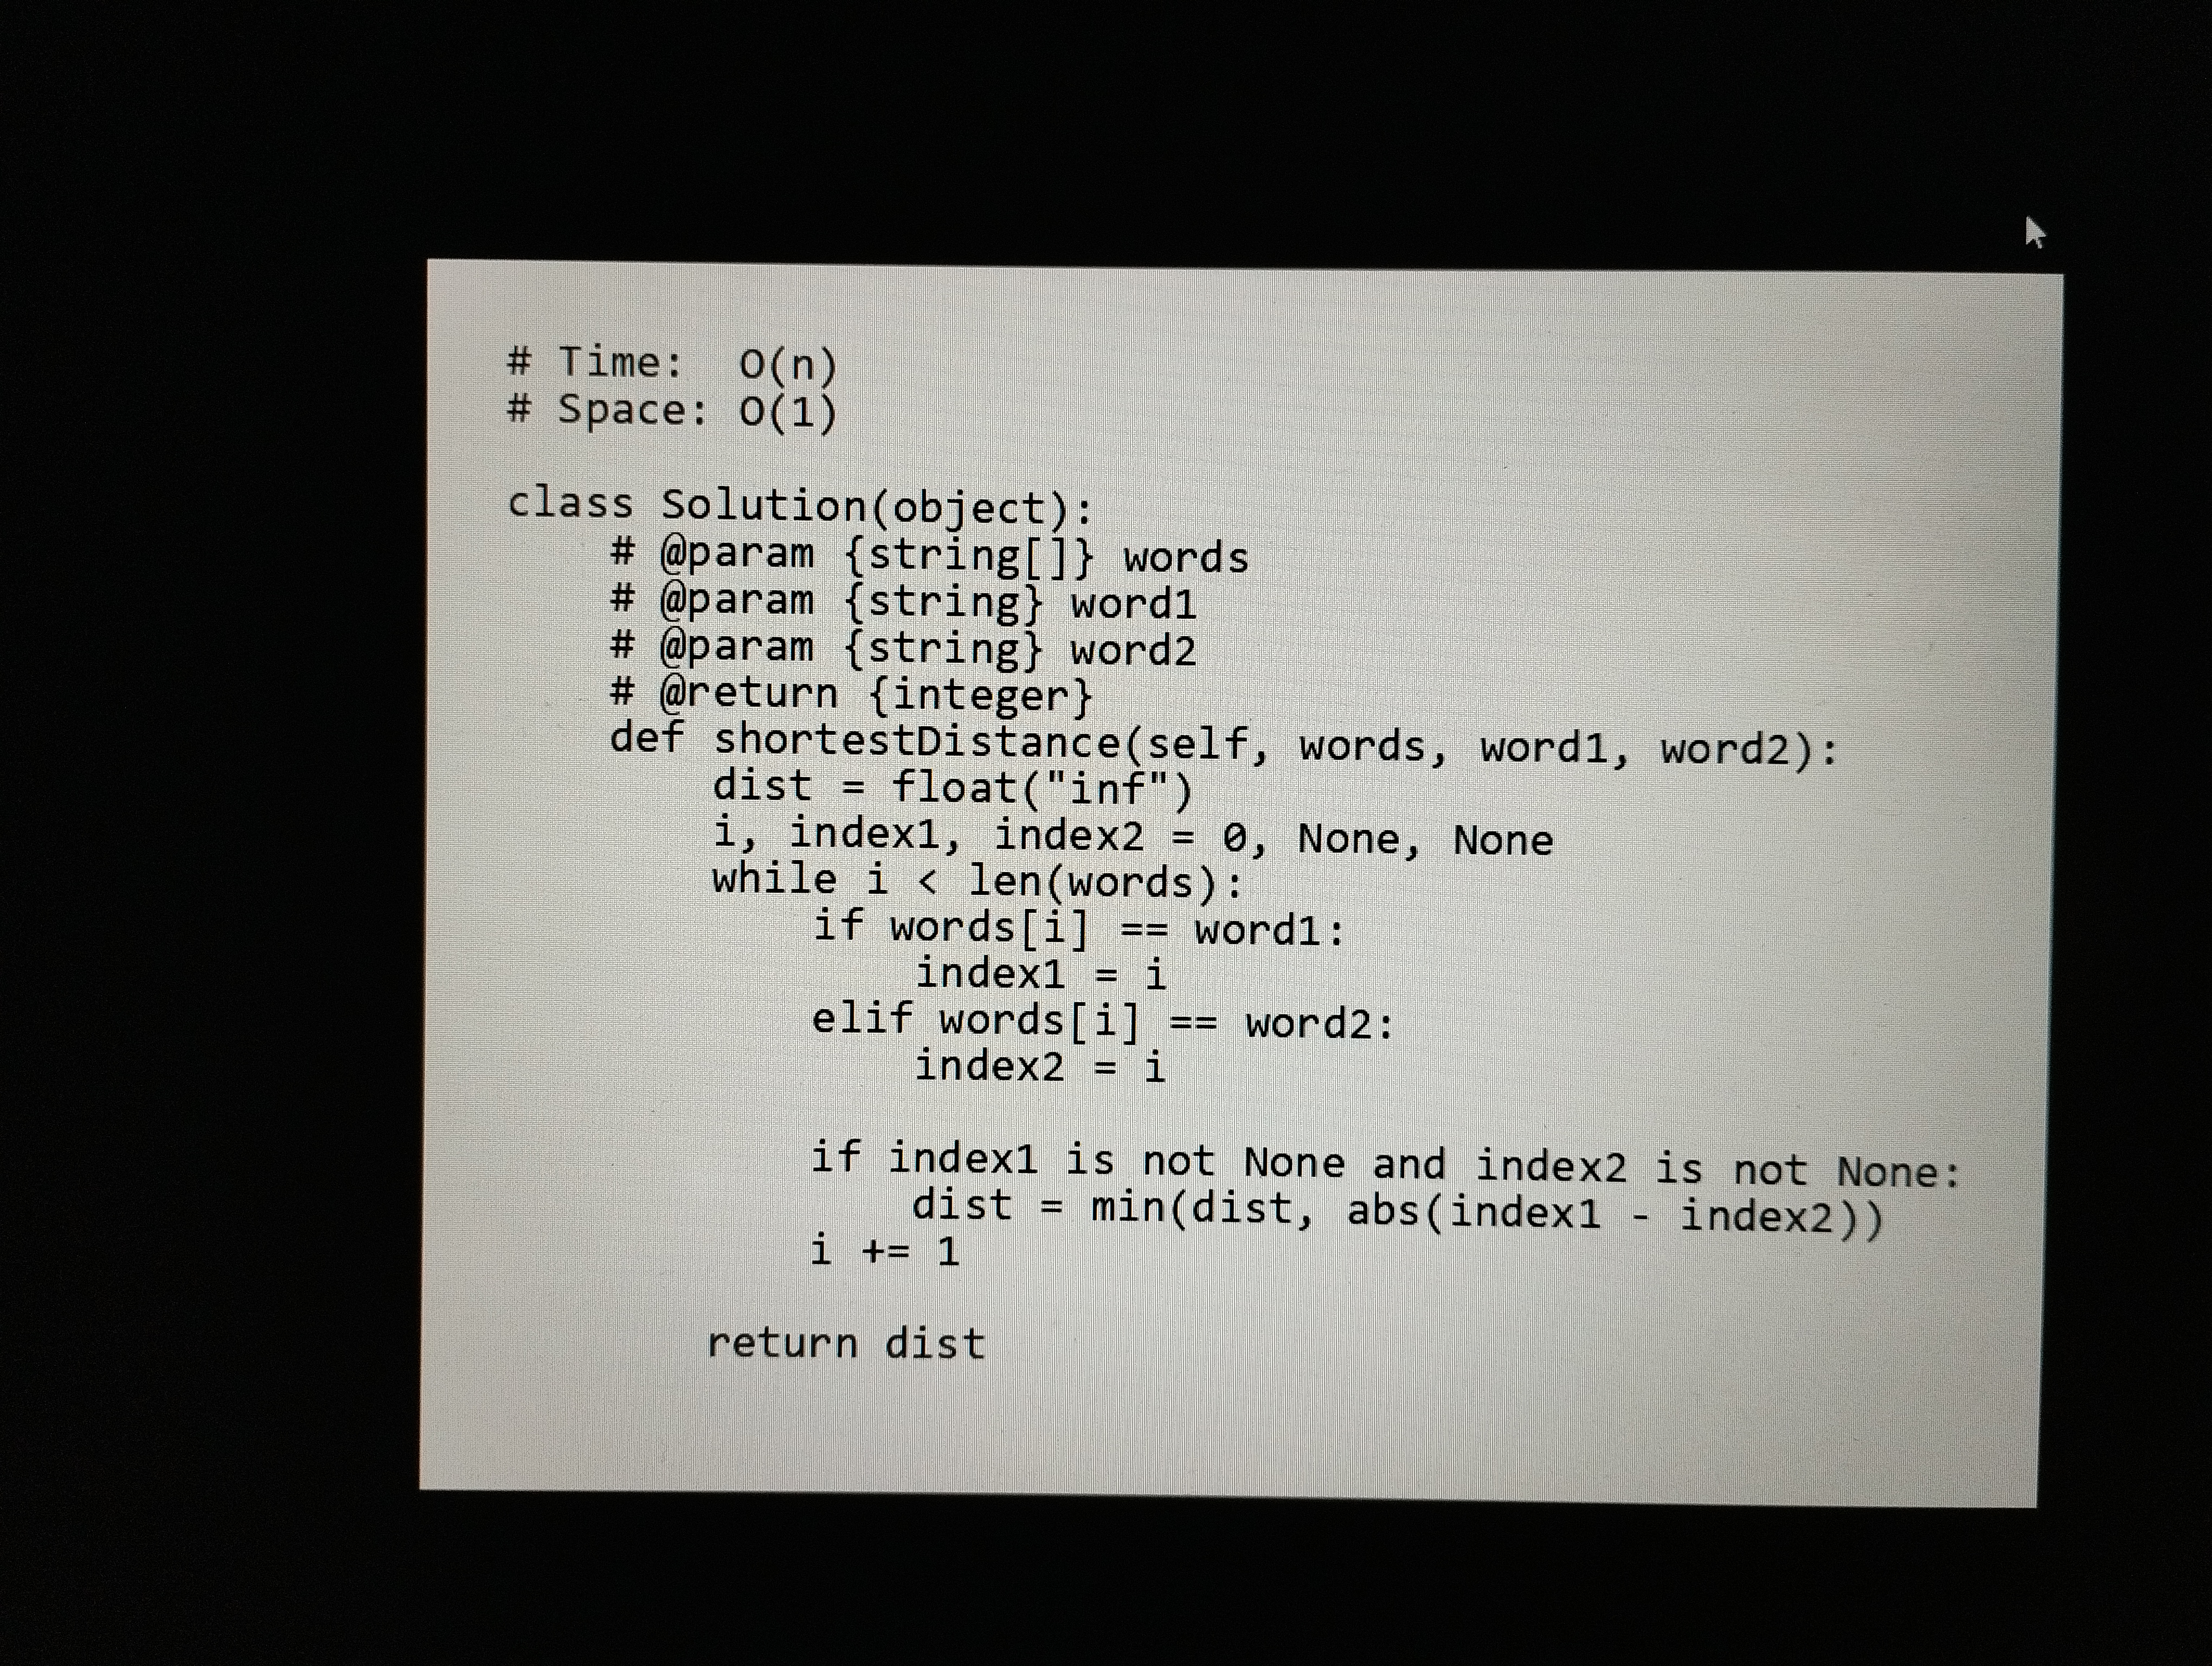
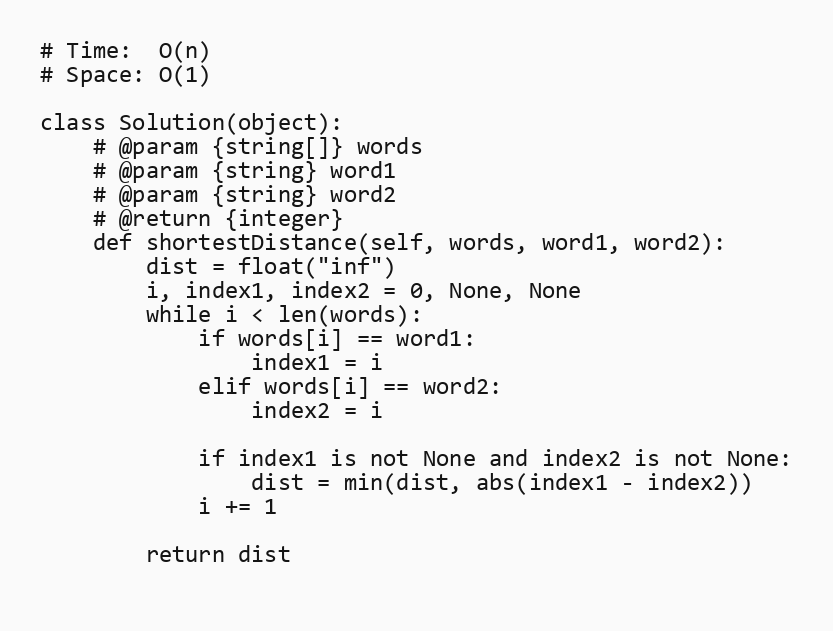
# Time:  O(n)
# Space: O(1)

class Solution(object):
    # @param {string[]} words
    # @param {string} word1
    # @param {string} word2
    # @return {integer}
    def shortestDistance(self, words, word1, word2):
        dist = float("inf")
        i, index1, index2 = 0, None, None
        while i < len(words):
            if words[i] == word1:
                index1 = i
            elif words[i] == word2:
                index2 = i

            if index1 is not None and index2 is not None:
                dist = min(dist, abs(index1 - index2))
            i += 1

        return dist